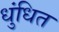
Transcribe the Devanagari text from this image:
धुंधित